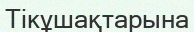
Тікұшақтарына